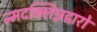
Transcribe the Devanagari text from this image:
न्मदक्लिन्नद्वारो